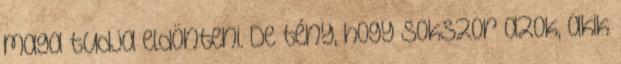
maga tudja eldönteni. De tény, hogy sokszor azok, akik